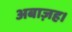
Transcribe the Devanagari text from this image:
अबाज़ह।